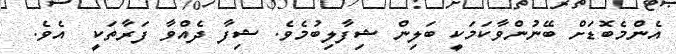
އެންމެބޮޑަށް ބޭނުންވާކަމަކީ ބަލިން ޝިފާލިބުމެވެ. ޝިފާ ދެއްވާ ފަރާތަކީ  އެވެ.